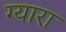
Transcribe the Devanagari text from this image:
ग्यारा